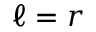
\ell = r